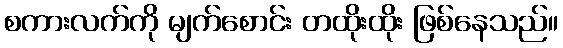
စကားလက်ကို မျက်စောင်း တထိုးထိုး ဖြစ်နေသည်။